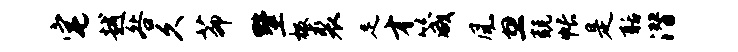
宅越咎久茆墅极裘足才箴风忽兢帐是聒潜